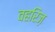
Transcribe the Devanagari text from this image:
वहरिज़